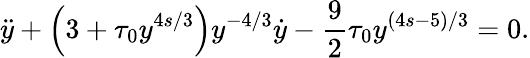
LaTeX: \ddot{y}+\left(3+\tau_{0}y^{4s/3}\right)y^{-4/3}\dot{y}-\frac 92\tau_{0}y^{(4s-5)/3}=0.